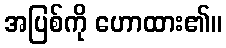
အပြစ်ကို ဟောထား၏။